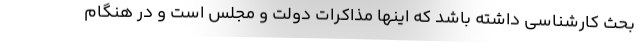
بحث کارشناسی داشته باشد که اینها مذاکرات دولت و مجلس است و در هنگام